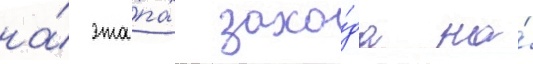
на́ эта́пах захо́да на́